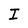
Character: I